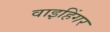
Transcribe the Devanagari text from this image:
वाइहिंगर